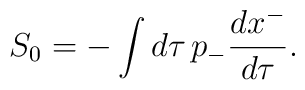
S_0=-\int d\tau \, p_-{dx^-\over d\tau} .